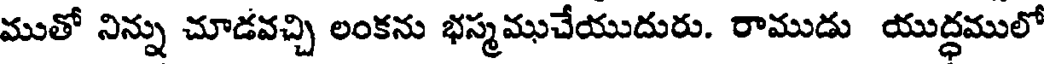
ముతో నిన్ను చూడవచ్చి లంకను భస్మముచేయుదురు. రాముడు యుద్ధములో